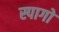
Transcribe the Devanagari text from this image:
स्पागो